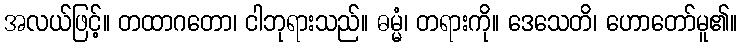
အလယ်ဖြင့်။ တထာဂတော၊ ငါဘုရားသည်။ ဓမ္မံ၊ တရားကို။ ဒေသေတိ၊ ဟောတော်မူ၏။